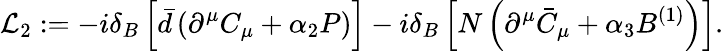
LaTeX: {\cal L}_{2}:=-i\delta_{B}\left[\bar{d}\left(\partial^{\mu}C_{\mu}+\alpha_{2}P\right)\right]-i\delta_{B}\left[N\left(\partial^{\mu}\bar{C}_{\mu}+\alpha_{3}B^{(1)}\right)\right].